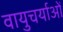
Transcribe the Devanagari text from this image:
वायुचर्याओं